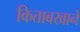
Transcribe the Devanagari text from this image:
किताबखाने